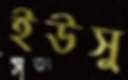
ইউসু